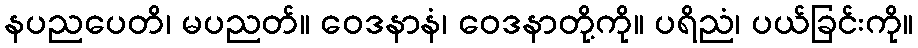
နပညပေတိ၊ မပညတ်။ ဝေဒနာနံ၊ ဝေဒနာတို့ကို။ ပရိညံ၊ ပယ်ခြင်းကို။